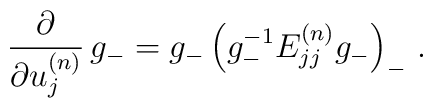
\frac{\partial}{\partial u^{(n)}_j}\, g_{-} = g_{-} \left(g_{-}^{-1}E^{(n)}_{jj} g_{-} \right)_{-} \, .